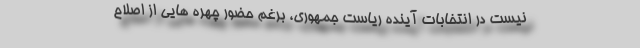
نیست در انتخابات آینده ریاست جمهوری، برغم حضور چهره هایی از اصلاح